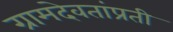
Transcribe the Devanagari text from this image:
ग्रामदेवतांप्रती